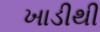
ખાડીથી